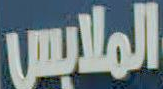
الملابس